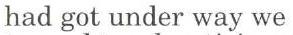
had got under way we